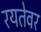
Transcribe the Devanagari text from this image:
रयतेवर